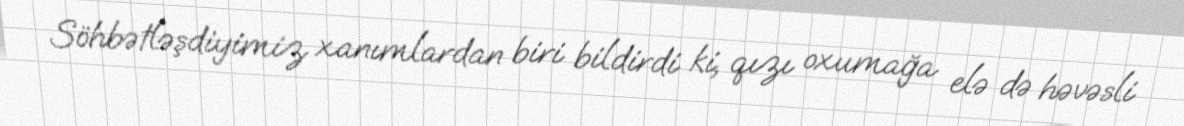
Söhbətləşdiyimiz xanımlardan biri bildirdi ki, qızı oxumağa elə də həvəsli